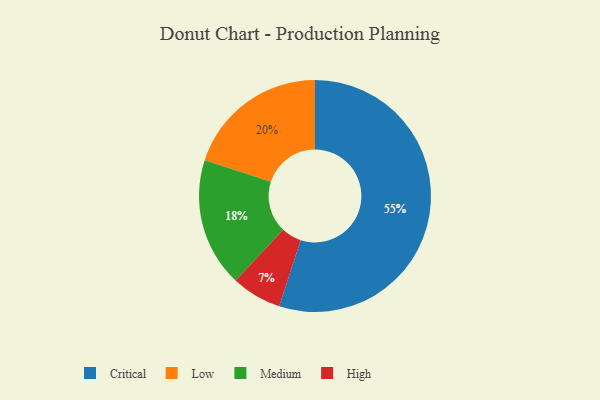
{"axis": {"x": "Category", "y": "Percentage"}, "legend": ["Critical", "High", "Low", "Medium"], "data": [{"x": "Critical", "y": 55, "type": "Critical"}, {"x": "High", "y": 7, "type": "High"}, {"x": "Low", "y": 20, "type": "Low"}, {"x": "Medium", "y": 18, "type": "Medium"}]}